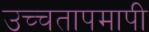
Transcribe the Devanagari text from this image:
उच्चतापमापी